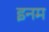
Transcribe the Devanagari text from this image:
इनम